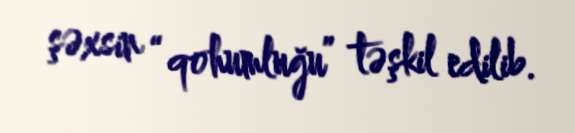
şəxsin “qohumluğu” təşkil edilib.